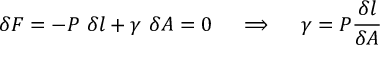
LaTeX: \delta F = - P ~ \delta l + \gamma ~ \delta A = 0 \quad \implies \quad \gamma = P { \frac { \delta l } { \delta A } }